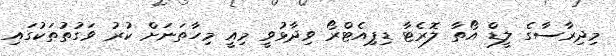
މިދިރާސާގެ ލީޑް އޯތާ ލޮރެޓާ ޑިޕިއެޓްރޯ ވިދާޅުވީ މިއީ މިހާތަނަށް ކުރު ވަގުތުތަކުގައި